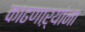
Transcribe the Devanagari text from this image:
काढणाऱ्यांना